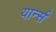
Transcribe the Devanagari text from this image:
यार्न्स